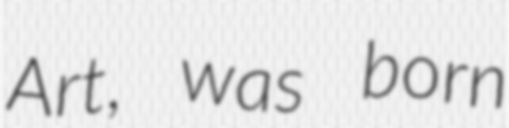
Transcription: Art, was born